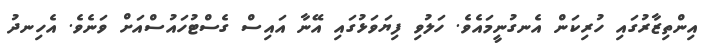
އިންތިޒާރުގައި ހުރިކަން އެނގުނީމައެވެ. ހަލުވި ފިޔަވަޅުގައި އޭނާ އައިސް ގެސްޓުހައުސްއަށް ވަނެވެ. އެހިނދު